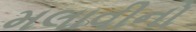
મલાવીનો